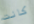
كانت